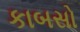
કાબસો